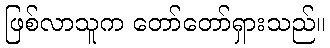
ဖြစ်လာသူက တော်တော်ရှားသည်။